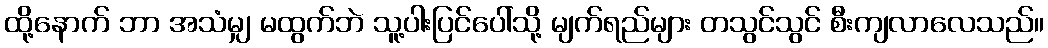
ထို့နောက် ဘာ အသံမျှ မထွက်ဘဲ သူ့ပါးပြင်ပေါ်သို့ မျက်ရည်များ တသွင်သွင် စီးကျလာလေသည်။